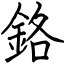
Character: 鉻